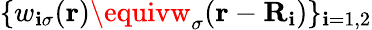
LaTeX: \{ w_{\mathbf{i}\sigma}(\textbf{{r}})\equivw_{\sigma}(\textbf{{r}}-\textbf{{R}}_{\mathbf{i}})\} _{\mathbf{i}=1,2}